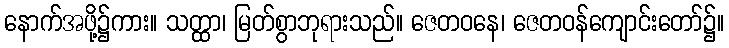
နောက်အဖို့၌ကား။ သတ္ထာ၊ မြတ်စွာဘုရားသည်။ ဇေတဝနေ၊ ဇေတဝန်ကျောင်းတော်၌။